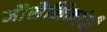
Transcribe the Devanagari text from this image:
नौसैनिकांची